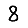
Digit: 8